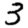
Digit: 3